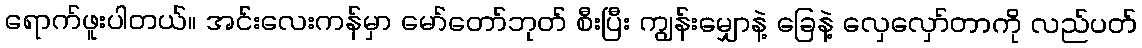
ရောက်ဖူးပါတယ်။ အင်းလေးကန်မှာ မော်တော်ဘုတ် စီးပြီး ကျွန်းမျှောနဲ့ ခြေနဲ့ လှေလှော်တာကို လည်ပတ်